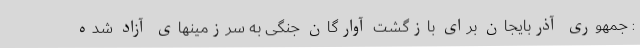
: جمهوری آذربایجان برای بازگشت آوارگان جنگی به سرزمینهای آزاد شده